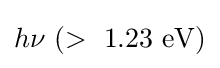
h\nu \ (>\ 1.23~\mathrm {eV} )